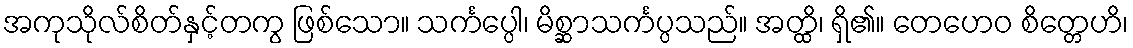
အကုသိုလ်စိတ်နှင့်တကွ ဖြစ်သော။ သင်္ကပ္ပေါ၊ မိစ္ဆာသင်္ကပ္ပသည်။ အတ္ထိ၊ ရှိ၏။ တေဟေဝ စိတ္တေဟိ၊